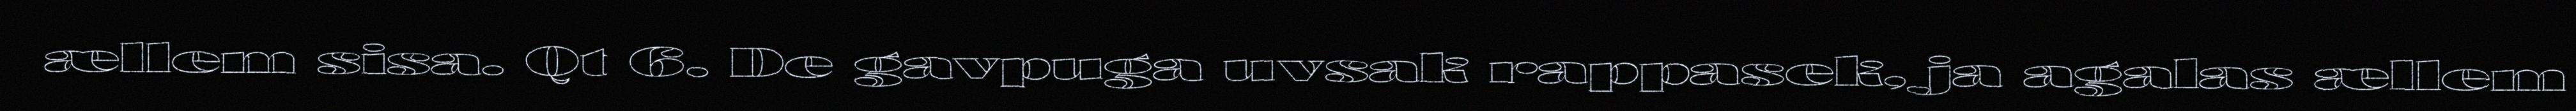
ællem sisa. Qt 6. De gavpuga uvsak rappasek, ja agalas ællem